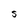
Character: S